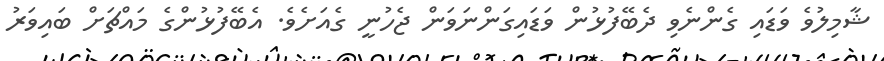
ޝާމިލުވެ ވަޑައި ގެންނެވި ދެބޭފުޅުން ވަޑައިގަންނަވަން ޖެހުނީ ގެއަށެވެ. އެބޭފުޅުންގެ މައްޗަށް ބައިވަރު